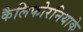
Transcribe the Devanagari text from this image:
कैलिफोरनियाके